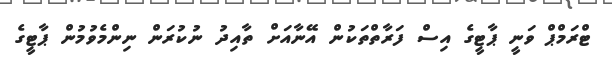
ޓްރަމްޕް ވަނީ ޕާޓީގެ އިސް ފަރާތްތަކުން އޭނާއަށް ތާއިދު ނުކުރަން ނިންމެވުމުން ޕާޓީގެ